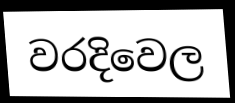
වරදිවෙල